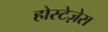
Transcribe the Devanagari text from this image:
होस्टेज़ेस